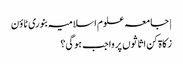
| جامعہ علوم اسلامیہ بنوری ٹاؤن
زکاۃ کن اثاثوں پر واجب ہوگی؟